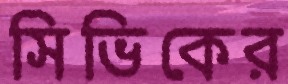
সিভিকের